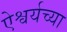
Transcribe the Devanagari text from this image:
ऐश्वर्यच्या